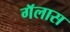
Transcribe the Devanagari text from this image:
गॅलास